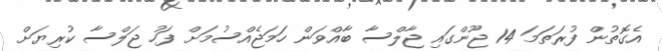
އެގޮތުން ފުރަތަމަ 14 ޖޫންގައި ޖާލްސާ ބާއްވަން ހަމަޖެއްސުމަށް ފަހު ޖަލްސާ ކުރިޔަށް